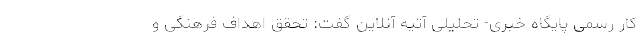
کار رسمی پایگاه خبری- تحلیلی آتیه آنلاین گفت: تحقق اهداف فرهنگی و